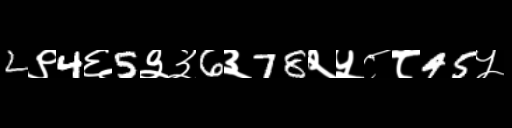
Text: 2९4६5३३6३78२५८८45५